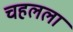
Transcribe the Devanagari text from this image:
चहलला